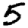
Digit: 5